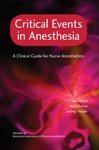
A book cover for Critical Events in Anesthesia: A Clinical Guide for Nurse Anesthetists; Sass Elisha; Medical Books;